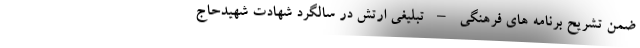
ضمن تشریح برنامه های فرهنگی – تبلیغی ارتش در سالگرد شهادت شهیدحاج